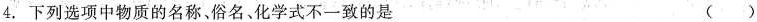
4.下列选项中物质的名称、俗名、化学式不一致的是 ()